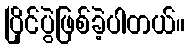
ပြိုင်ပွဲဖြစ်ခဲ့ပါတယ်။